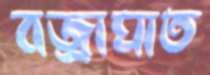
বজ্রাঘাত